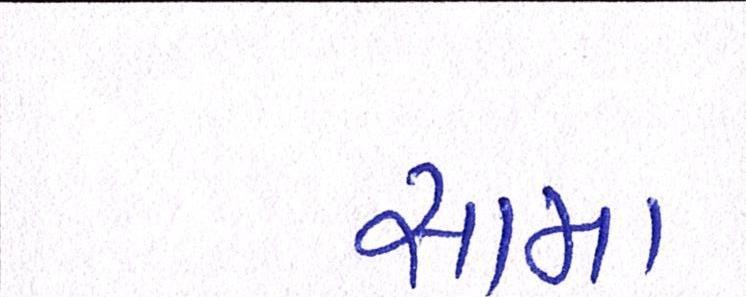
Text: સામા